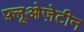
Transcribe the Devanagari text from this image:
फ़्लूओज़ेटीन